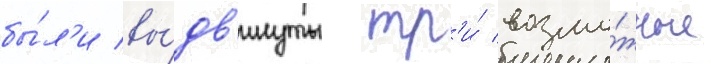
бы́л'и вы́дв'инуты тр'и́ возмо́жные